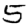
Digit: 5